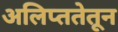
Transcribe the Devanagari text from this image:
अलिप्ततेतून